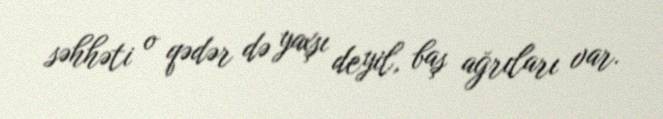
səhhəti o qədər də yaxşı deyil, baş ağrıları var.